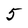
Character: 5